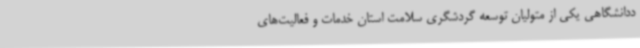
ددانشگاهی یکی از متولیان توسعه گردشگری سلامت استان خدمات و فعالیت‌های